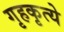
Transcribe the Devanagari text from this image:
गृहकृत्ये